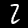
Label: 2